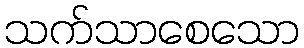
သက်သာစေသော